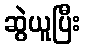
ဆွဲယူပြီး